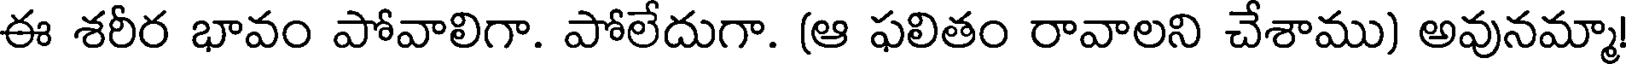
ఈ శరీర భావం పోవాలిగా. పోలేదుగా. (ఆ ఫలితం రావాలని చేశాము) అవునమ్మా